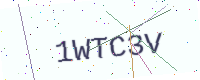
Text: 1WTC3V